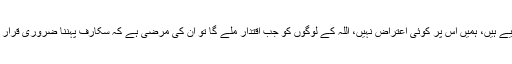
فرانس اور بہت سے مغربی ممالک نے پردے کے خلاف قانون بنا لیے ہیں، ہمیں اس پر کوئی اعتراض نہیں، اللہ کے لوگوں کو جب اقتدار ملے گا تو اُن کی مرضی ہے کہ سکارف پہننا ضروری قرار دیں یا نہیں، جیسے معاشرے کے حالات ویسے ہی معاشرتی قوانین۔